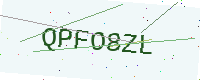
Text: QPFO8ZL